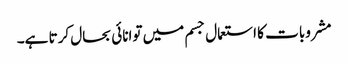
مشروبات کا استعمال جسم میں توانائی بحال کرتا ہے۔